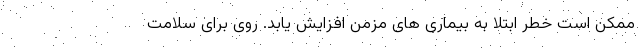
ممکن است خطر ابتلا به بیماری های مزمن افزایش یابد. روی برای سلامت